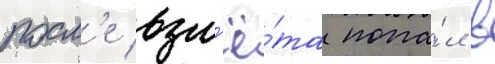
посл'е взл'ё́та попа́л в